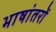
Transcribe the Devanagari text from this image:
भाषांतरों